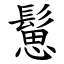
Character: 䰄